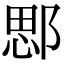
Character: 𨜐